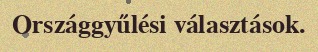
Országgyűlési választások.